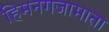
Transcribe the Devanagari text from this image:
हिमनगजामाता